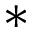
*